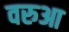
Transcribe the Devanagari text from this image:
वरुआ